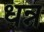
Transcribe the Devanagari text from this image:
धन्न